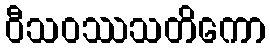
ဝီသဝဿသတိကော